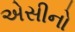
એસીનો